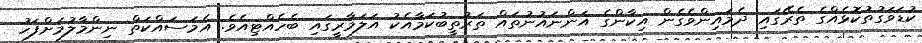
ކުޑަވަގުތުކޮޅެއްގެ ތެރޭގައި ދެމައިންވެގެން އިކާންގެ އަންނައުނުތައް ތަރުތީބުކަމާއެކު އަލަމާރީގައި ބެހެއްޓިއެވެ. އެމަސައްކަތް ނިންމާލުމަށްފަހު